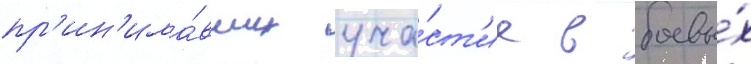
пр'ин'има́вших уча́ст'ие в боевы́х